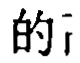
的